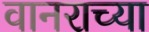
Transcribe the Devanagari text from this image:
वानराच्या